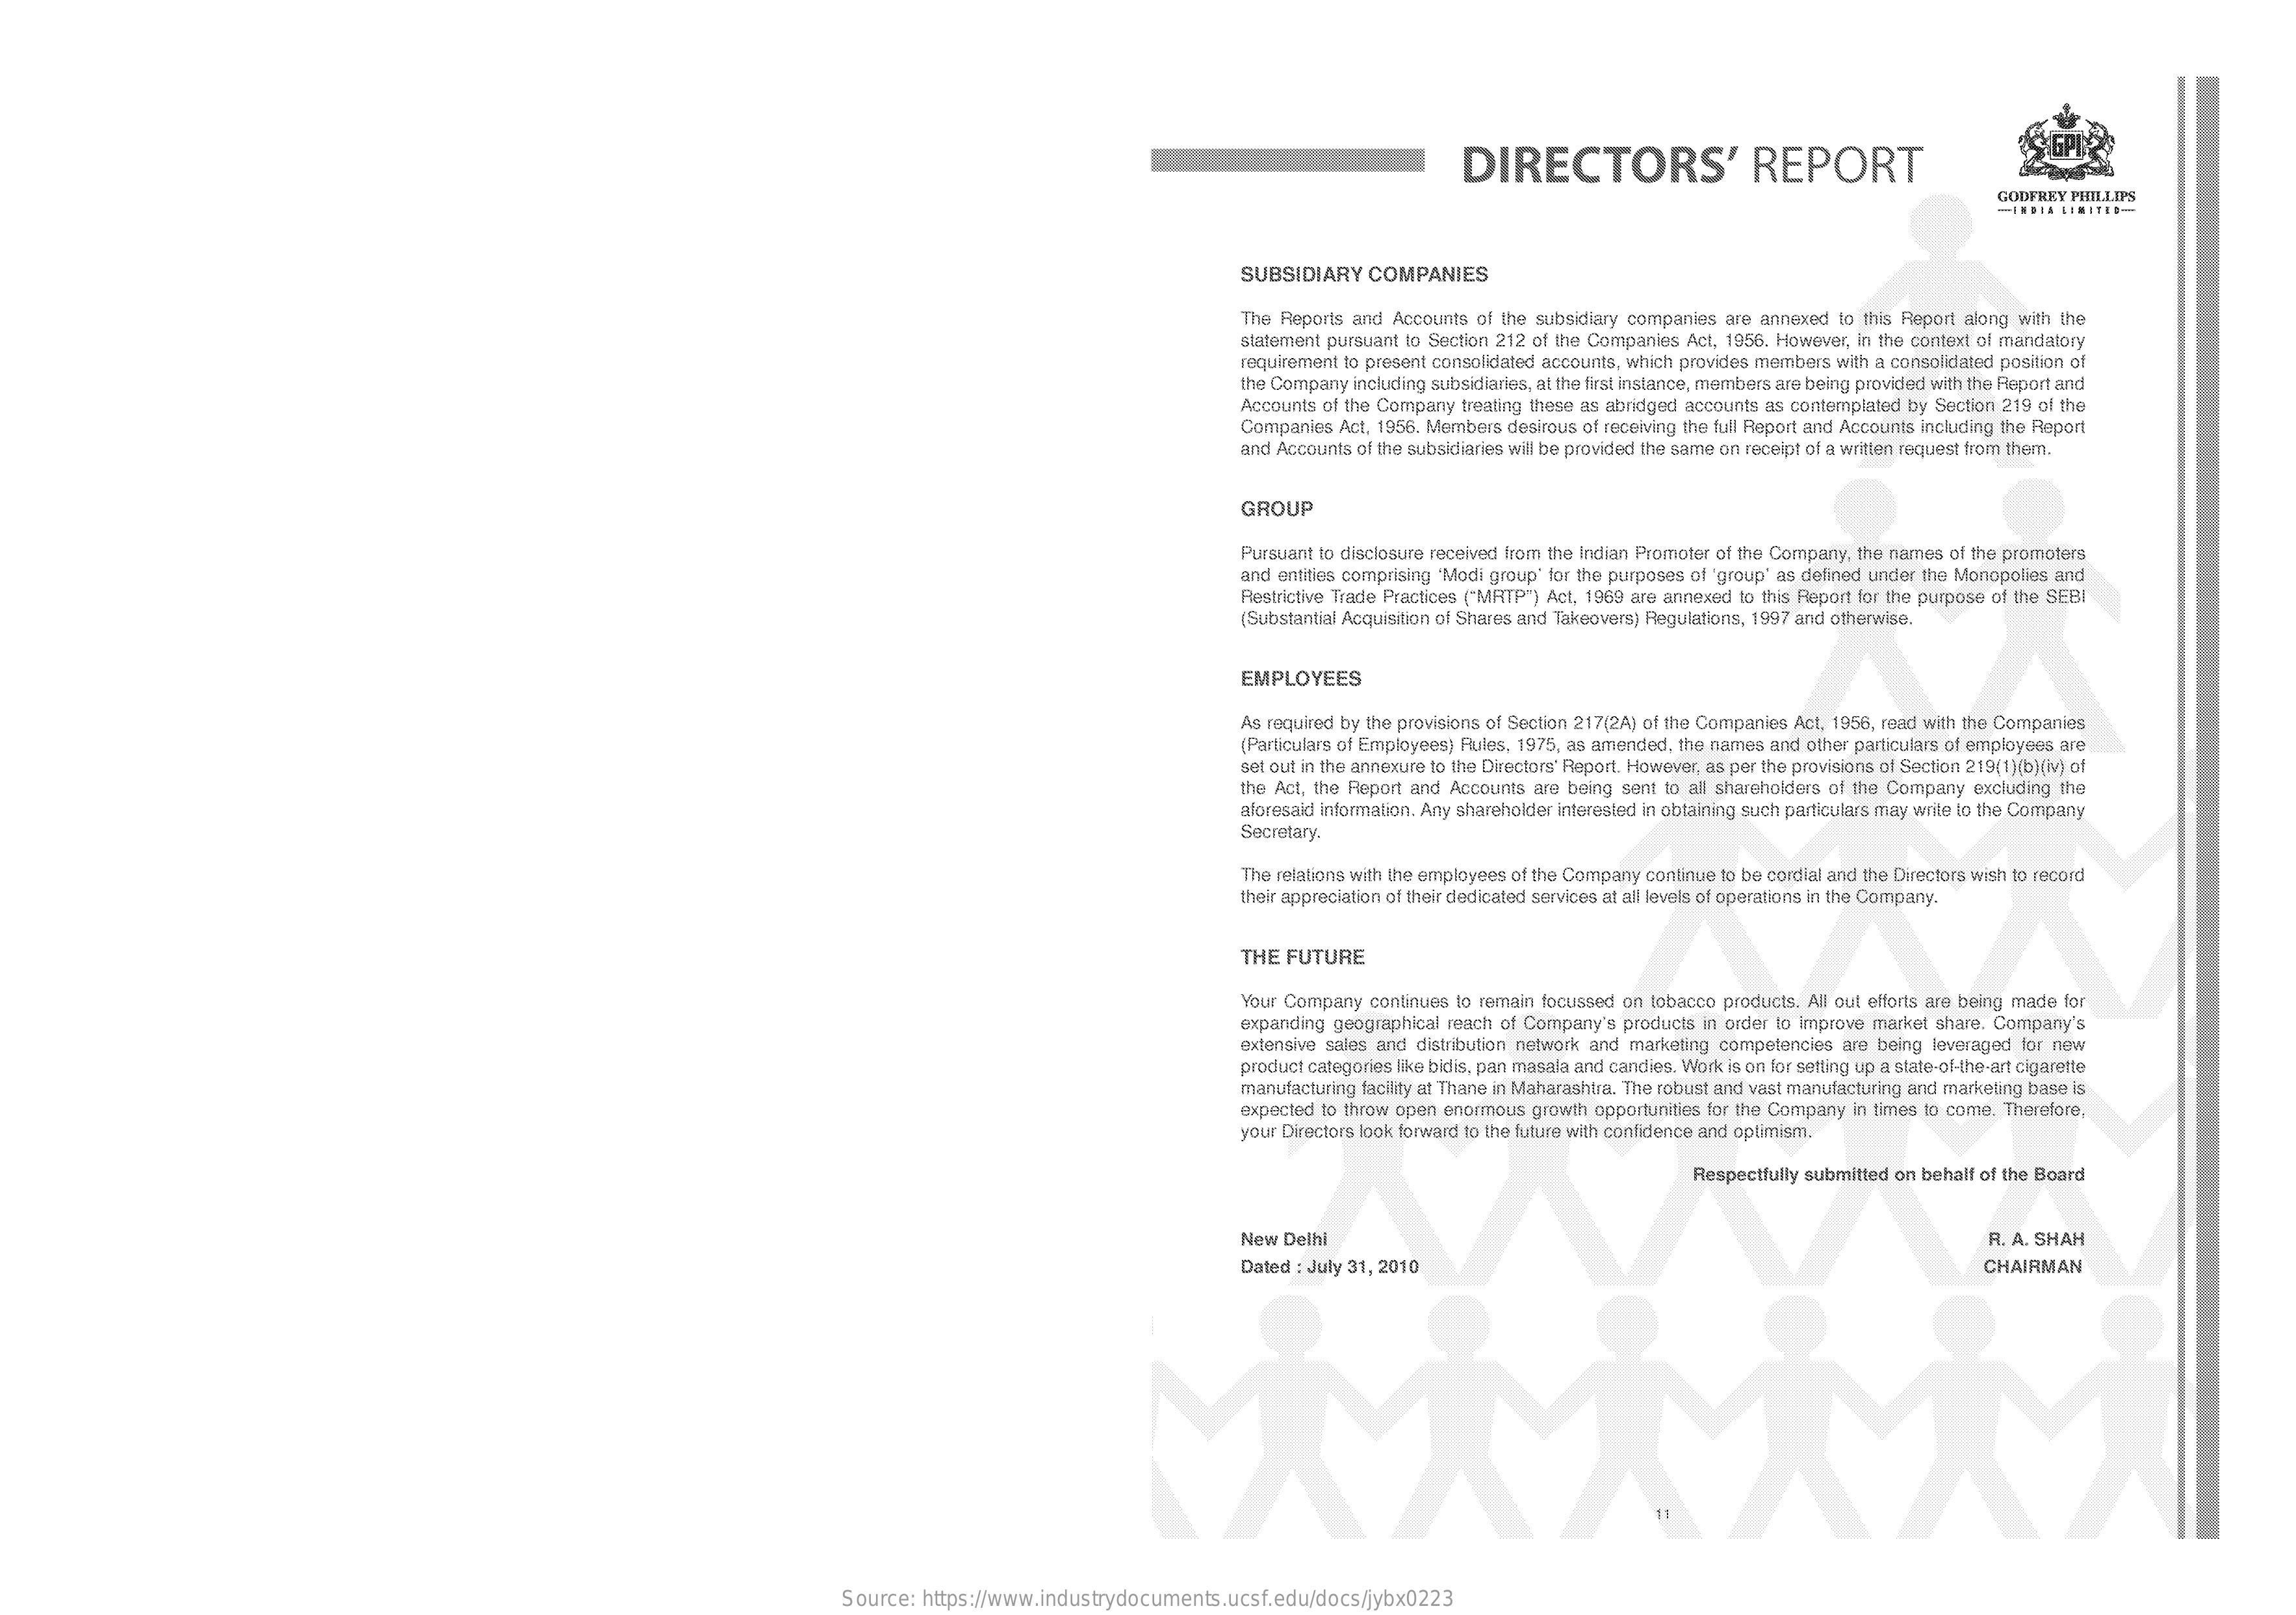
DIRECTORS'    REPORT
     GODFREY PHILLIPS
     -INDIA LIMITES-
     SUBSIDIARY   COMPANIES
     The Reports and Accounts of the subsidiary companies are annexed to this Report along with the
     statement pursuant to Section 212 of the Companies Act, 1956. However, in the context of mandatory
     requirement to present consolidated accounts, which provides members with a consolidated position of
     the Company including subsidiaries, al the first instance, members are being provided with the Report and
     Accounts of the Company treating these as abridged accounts as contemplated by Section 219 of the
     Companies Act, 1956. Members desirous of receiving the full Report and Accounts including the Report
     and Accounts of the subsidiaries will be provided the same on receipt of a written request from them.
     GROUP
     Pursuant to dlaclosure received from the Indian Promoter of the Company, the names of the promoters
     and entities comprising 'Modi group' for the purposes of 'group" as defined under the Monopolies and
     Restrictive Trade Practices ("MRTP") Act, 1969 are annexed to this Report for the purpose of the SEBI
     (Substantial Acquisition of Shares and Takeovera) Regulations, 1997 and otherwise.
     EMPLOYEES
     As required by the provisions of Section 217(2A) of the Companies Act, 1956, read with the Companies
     (Particulars of Employees) Rules, 1975, as amended, the names and other particulars of employees are
     set out in the annexure to the Directors' Report. However, as per the provisions of Section 219(1)(b)(iv) of
     the Act, the Report and Accounts are being sent to al shareholders of the Company excluding the
     aforesaid information. Any shareholder interested in obtaining such particulars may write to the Company
     Secretary.
     The relations with the employees of the Company continue to be cordial and the Directors wish to record
     their appreciation of their dedicated services at all levels of operations in the Company.
     THE  FUTURE
     Your Company continues to remain focussed on tobacco products. All out efforts are being made for
     expanding geographical reach of Comparty's products in order to improve market share. Company's
     extensive sales and distribution network and marketing competencies are being leveraged for new
     product categories like bidis, pan masala and candies. Work is on for setting up a state-of-the-art cigarette
     manufacturing facility at Thane in Maharashtra. The robust and vast manufacturing and marketing base is
     expected to throw open enormous growth opportunities for the Company in times to come, Therefore,
     your Directors look forward to the future with confidence and optimism.
     Respectfully submitted on behalf of the Board
     New  Delhi    R. A. SHAH
     Dated : July 31, 2010    CHAIRMAN
     41
     Source:  https://www.industrydocuments.ucsf.edu/docs/jybx0223